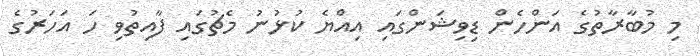
މި މުބާރާތުގެ އަންހެން ޑިވިޝަންގައި އިއްޔެ ކުޅުނު މެޗުގައި ފާއިތުވި ހަ އަހަރުގެ